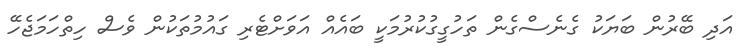
އަދި ބޭރުން ބަޔަކު ގެނެސްގެން ތަހުގީގުކުރުމަކީ ބައެއް އަވަށްޓެރި ގައުމުތަކުން ވެސް ހިތްހަމަޖެހޭ